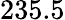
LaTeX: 235.5